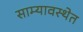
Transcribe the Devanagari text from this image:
साम्यावस्थेत